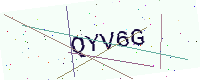
Text: QYV6G